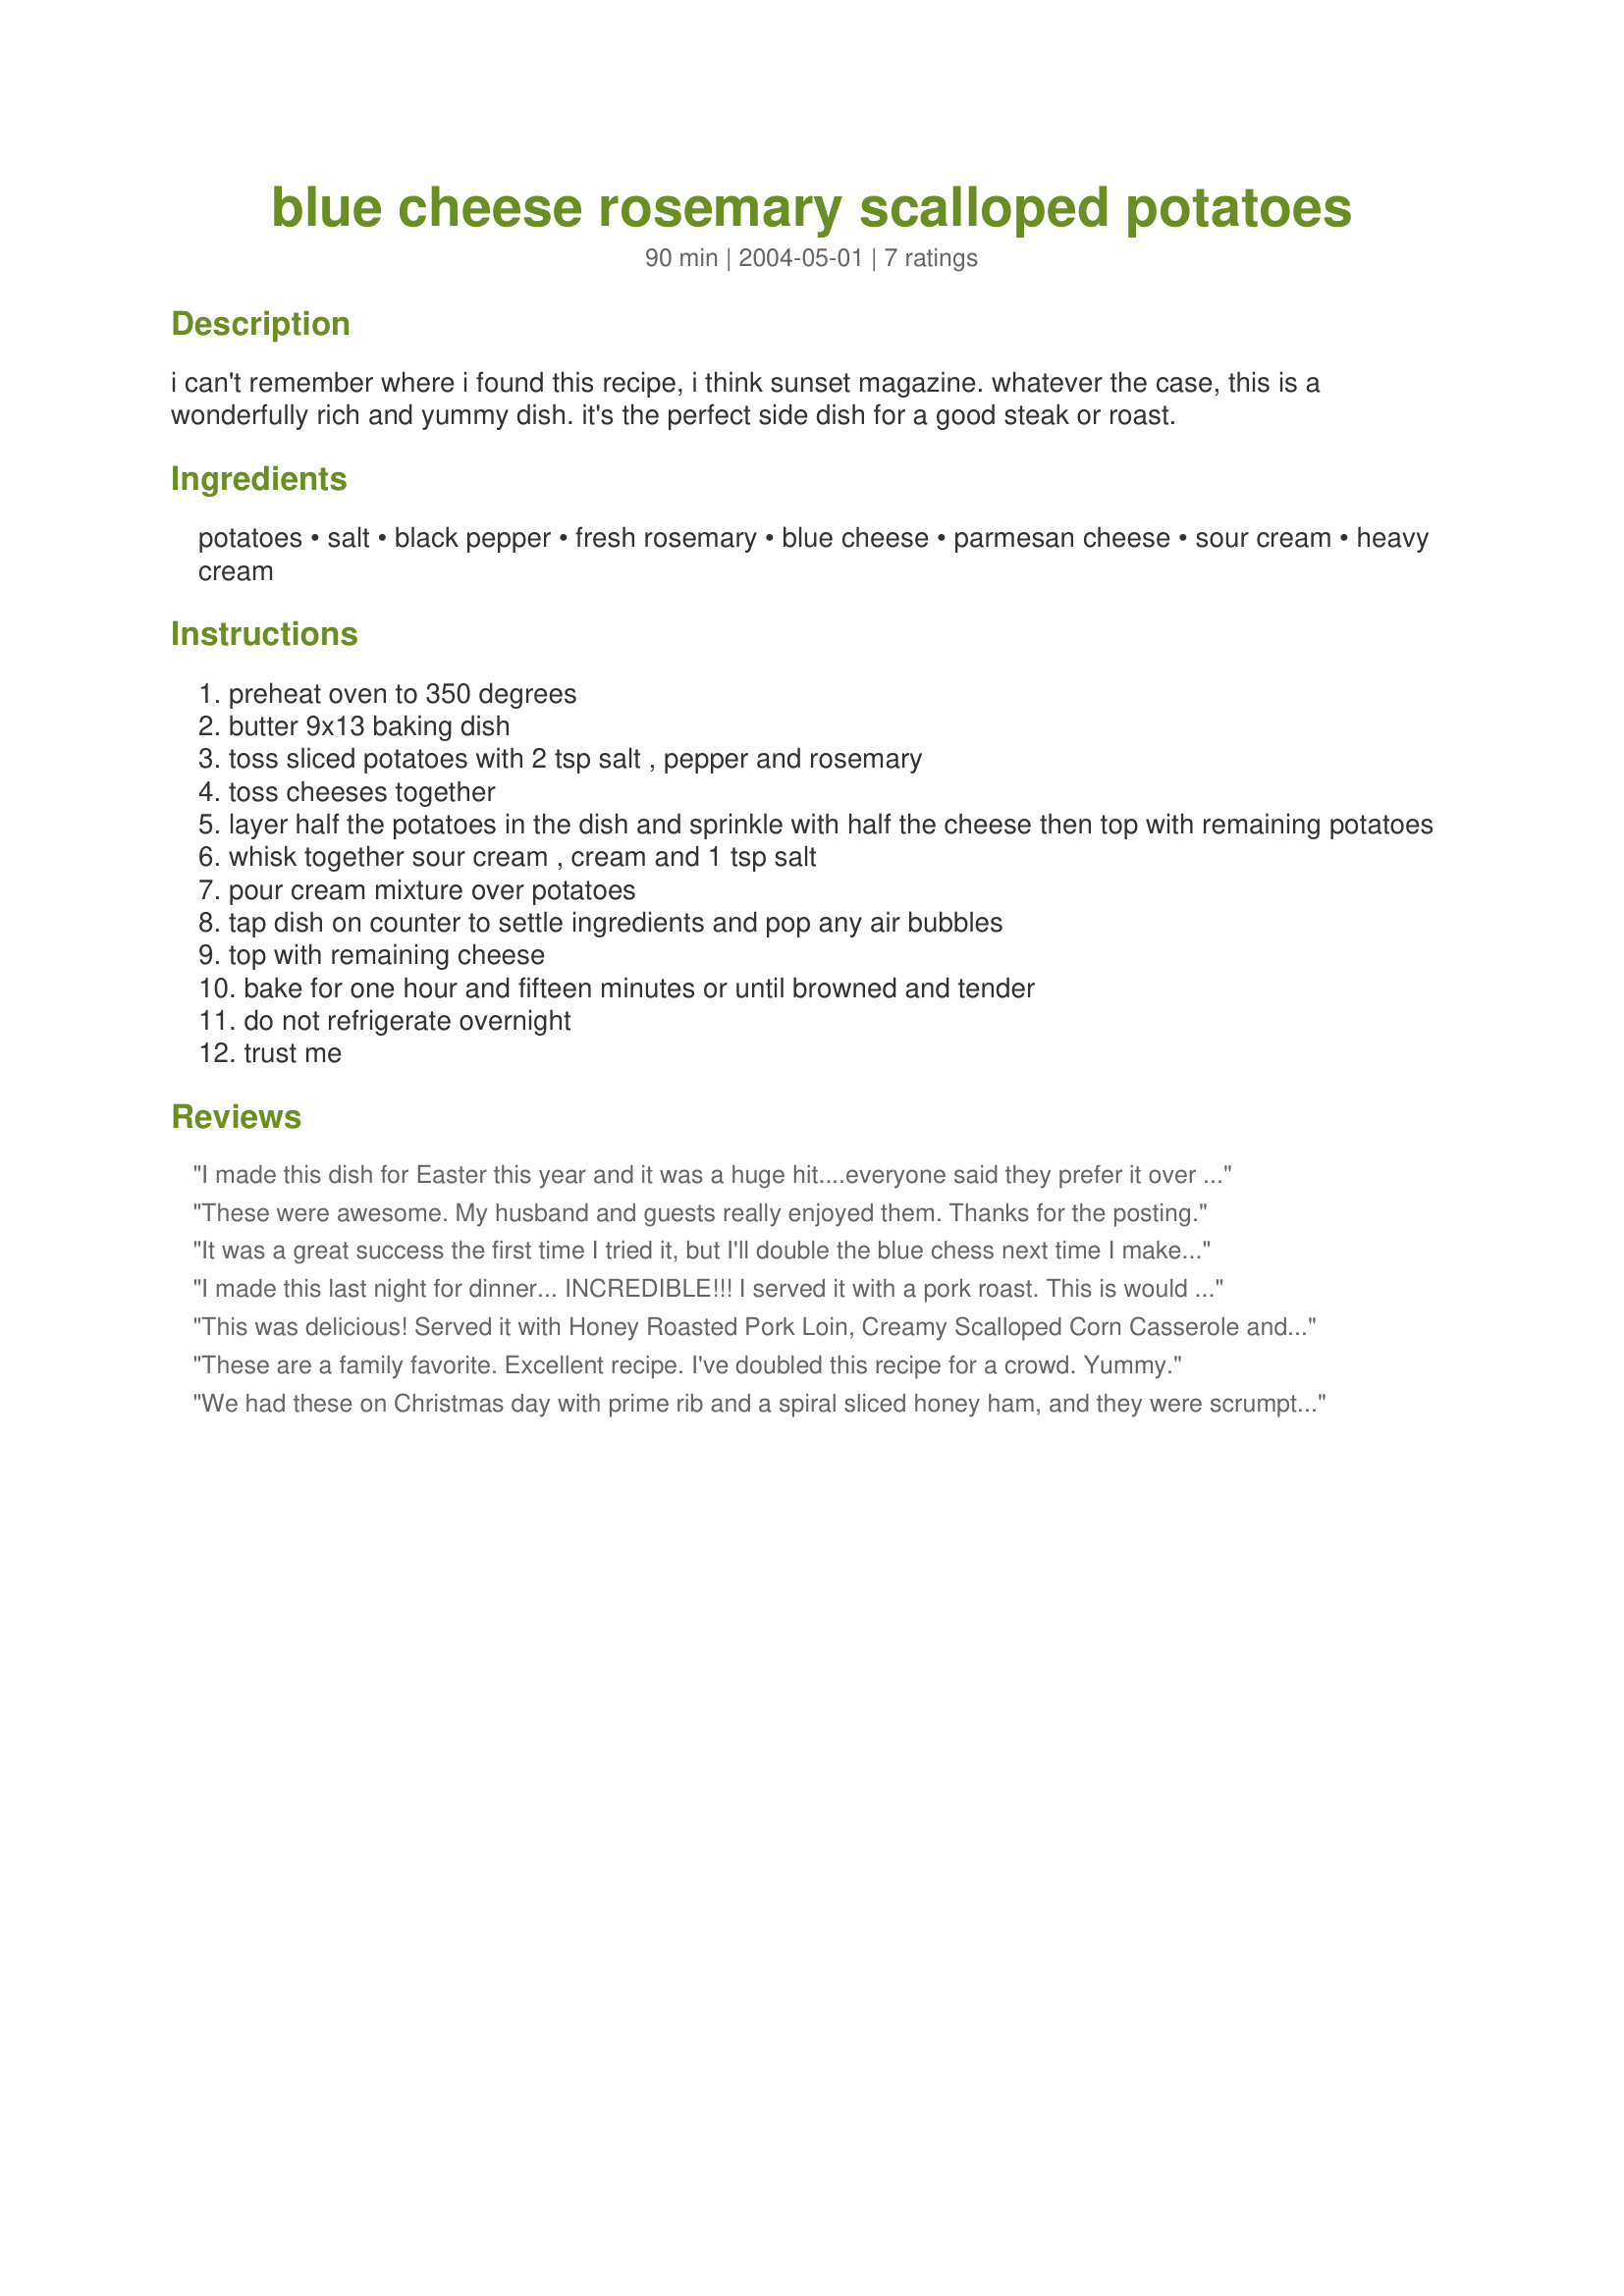
blue cheese rosemary scalloped potatoes
Preparation time: 90 minutes

i can't remember where i found this recipe, i think sunset magazine. whatever the case, this is a wonderfully rich and yummy dish. it's the perfect side dish for a good steak or roast.

Ingredients:
potatoes, salt, black pepper, fresh rosemary, blue cheese, parmesan cheese, sour cream, heavy cream

Steps:
preheat oven to 350 degrees
butter 9x13 baking dish
toss sliced potatoes with 2 tsp salt , pepper and rosemary
toss cheeses together
layer half the potatoes in the dish and sprinkle with half the cheese then top with remaining potatoes
whisk together sour cream , cream and 1 tsp salt
pour cream mixture over potatoes
tap dish on counter to settle ingredients and pop any air bubbles
top with remaining cheese
bake for one hour and fifteen minutes or until browned and tender
do not refrigerate overnight
trust me

Reviews:
I made this dish for Easter this year and it was a huge hit....everyone said they prefer it over the regular scalloped potatoes w/your basic cheddar. Definitely a keeper!
These were awesome. My husband and guests really enjoyed them. Thanks for the posting.
It was a great success the first time I tried it, but I'll double the blue chess next time I make it.
I made this last night for dinner... INCREDIBLE!!! I served it with a pork roast. This is would be great with steak also.. For a dinner party make in individual buttered ramekins.
This was delicious! Served it with 
Honey Roasted Pork Loin, Creamy Scalloped Corn Casserole and Lemon Asparagus for a delicious Mother's Day meal. Thanks for posting!
These are a family favorite. Excellent recipe. I've doubled this recipe for a crowd. Yummy.
We had these on Christmas day with prime rib and a spiral sliced honey ham, and they were scrumptious!!!! We will definately be making these again!!! Thanks Kater!!!!
